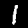
Label: 1